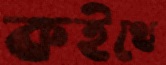
কইথে